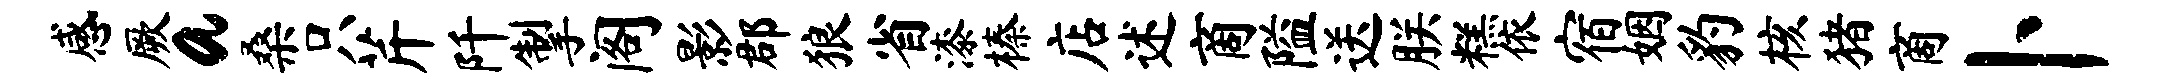
感厥a桑只芹阡掣阁影郡狼省漆榛店述商隘送朕糕依宿姻豹核猪商卜